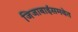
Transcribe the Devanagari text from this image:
जिजाबाईंसमवेत